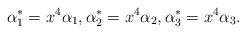
LaTeX: \begin{align*}\alpha^*_1=x^4\alpha_1,\alpha^*_2=x^4\alpha_2,\alpha^*_3=x^4\alpha_3.\end{align*}